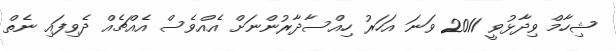
ޝިހާމް ވިދާޅުވީ 2011 ވަނަ އަހަރު ހިއްސާދާރުންނަށް އެއްވެސް އެއްޗެއް ދެވިފައި ނެތް